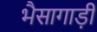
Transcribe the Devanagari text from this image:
भैसागाड़ी